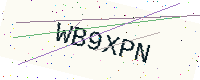
Text: WB9XPN